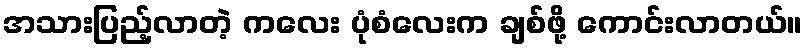
အသားပြည့်လာတဲ့ ကလေး ပုံစံလေးက ချစ်ဖို့ ကောင်းလာတယ်။